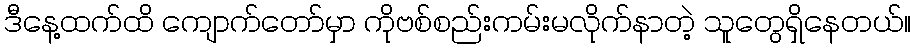
ဒီနေ့ထက်ထိ ကျောက်တော်မှာ ကိုဗစ်စည်းကမ်းမလိုက်နာတဲ့ သူတွေရှိနေတယ်။